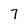
Character: 7